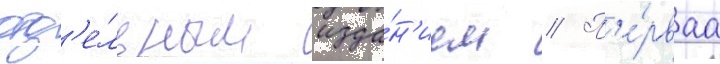
отд'е́льным изда́н'ием // П'е́рваа